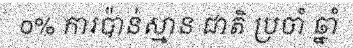
០% ការប៉ាន់ស្មាន ជាតិ ប្រចាំ ឆ្នាំ